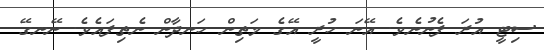
ސިޓީ އުރަ ފެނުނެވެ. އޭނަ ހުރީ އޭގެ މަތިން ހަނދާން ނެތިފައެވެ. ނޭނގޭ